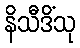
နိသီဒိံသု